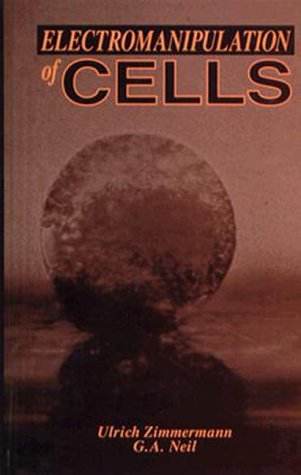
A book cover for Electromanipulation of Cells; Science & Math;